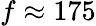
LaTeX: f\approx 175